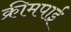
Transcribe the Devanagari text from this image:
क्रीमपाई